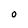
Character: O